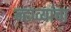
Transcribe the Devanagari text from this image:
न्हाव्यांचा